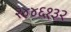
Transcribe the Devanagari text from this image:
२४४६१३२